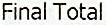
FINAL TOTAL